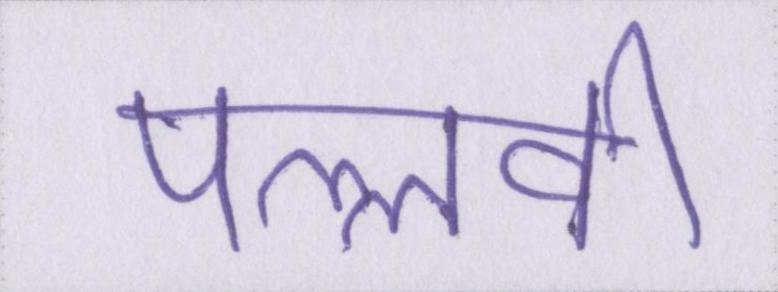
पल्लवी